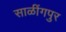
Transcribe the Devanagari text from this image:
साळींगपुर